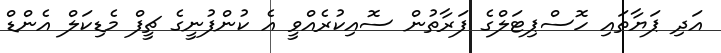
އަދި ޕަޔާތައި ހޮސްޕިޓަލްގެ ފަރާތުން ސޮއިކުރެއްވީ އެ ކުންފުނީގެ ޗީފް މެޑިކަލް އެންޑް